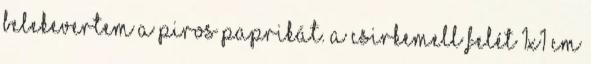
belekevertem a piros paprikát. A csirkemell felét 1x1 cm